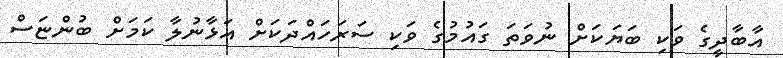
އާބާދީގެ ވަކި ބަޔަކަށް ނުވަތަ ގައުމުގެ ވަކި ސަރަހައްދަކަށް އަޅާނުލާ ކަމަށް ބުންޏަސް